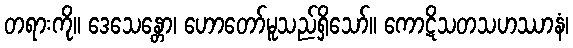
တရားကို။ ဒေသေန္တော၊ ဟောတော်မူသည်ရှိသော်။ ကောဋိသတသဟဿာနံ၊